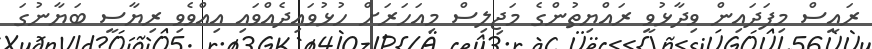
ރައީސް މިފަދައިން ވިދާޅުވީ ރައްޔިތުންގެ މަޖިލިސް މިއަހަރަށް ހުޅުވައިދެއްވައި އިއްވެވި ރިޔާސީ ބަޔާނުގަ